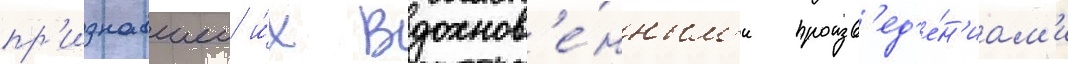
пр'изнавшеи и́х вдохнов'е́нным'и произв'ед'е́н'иам'и